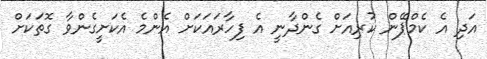
އަދި އެ ކެމްޕޭން ކުރިއަށް ގެންދާނީ އެ ފިހާރައަކަށް އެންމެ އެކަށީގެންވާ ގޮތަކަށް